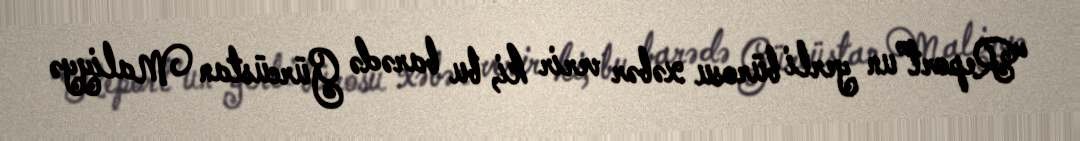
“Report”un yerli bürosu xəbər verir ki, bu barədə Gürcüstan Maliyyə